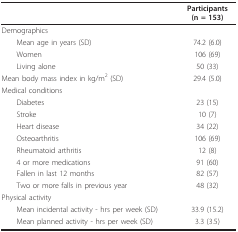
<table><thead><tr><td></td><td><b>Participants(n = 153)</b></td></tr></thead><tbody><tr><td>Demographics</td><td></td></tr><tr><td> Mean age in years (SD)</td><td>74.2 (6.0)</td></tr><tr><td> Women</td><td>106 (69)</td></tr><tr><td> Living alone</td><td>50 (33)</td></tr><tr><td>Mean body mass index in kg/m<sup>2 </sup>(SD)</td><td>29.4 (5.0)</td></tr><tr><td>Medical conditions</td><td></td></tr><tr><td> Diabetes</td><td>23 (15)</td></tr><tr><td> Stroke</td><td>10 (7)</td></tr><tr><td> Heart disease</td><td>34 (22)</td></tr><tr><td> Osteoarthritis</td><td>106 (69)</td></tr><tr><td> Rheumatoid arthritis</td><td>12 (8)</td></tr><tr><td> 4 or more medications</td><td>91 (60)</td></tr><tr><td> Fallen in last 12 months</td><td>82 (57)</td></tr><tr><td> Two or more falls in previous year</td><td>48 (32)</td></tr><tr><td>Physical activity</td><td></td></tr><tr><td> Mean incidental activity - hrs per week (SD)</td><td>33.9 (15.2)</td></tr><tr><td> Mean planned activity - hrs per week (SD)</td><td>3.3 (3.5)</td></tr></tbody></table>